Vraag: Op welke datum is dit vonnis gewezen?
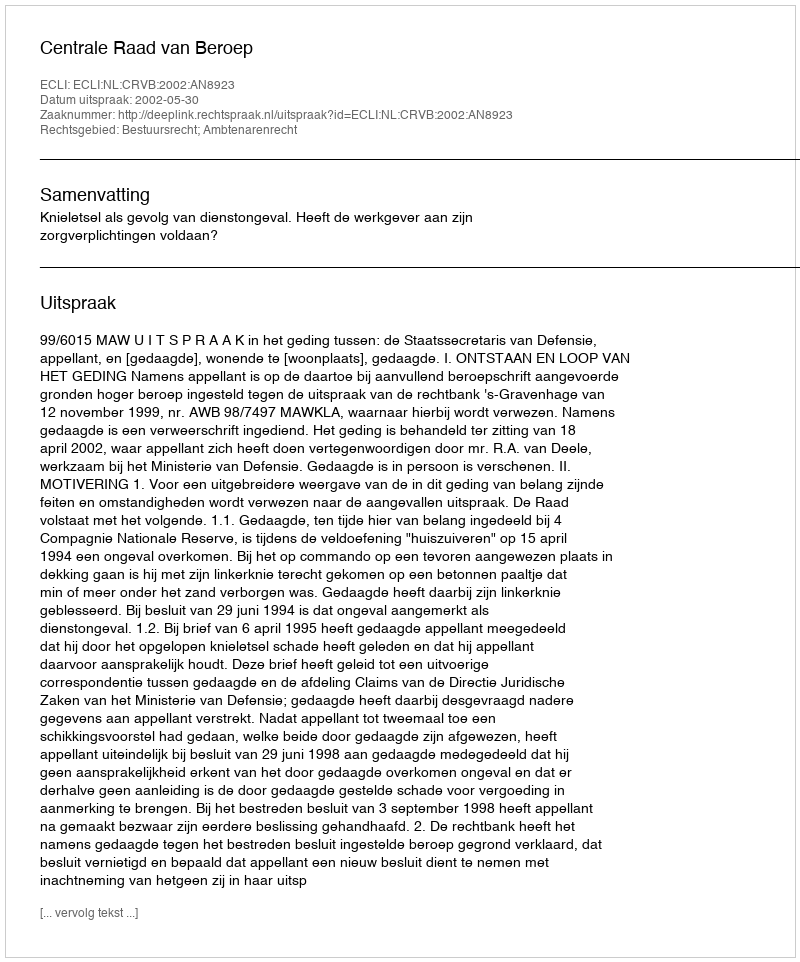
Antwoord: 2002-05-30